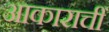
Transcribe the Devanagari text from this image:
आकाराचीं